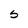
Character: S